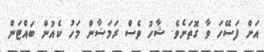
އަށް ފަސޭހަ ވާ ގޮތަށެވެ. ޝާހު ވެސް ރަމަޟާން މަހު ކެއުން ބައްޓަން